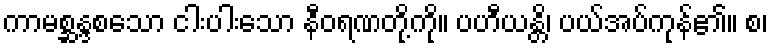
ကာမစ္ဆန္ဒစသော ငါးပါးသော နီဝရဏတို့ကို။ ပဟီယန္တိ၊ ပယ်အပ်ကုန်၏။ စ၊